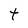
Character: t